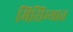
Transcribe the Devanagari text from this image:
मिसिम्यात